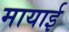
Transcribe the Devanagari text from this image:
मायाई